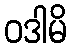
ဝဒါမိ